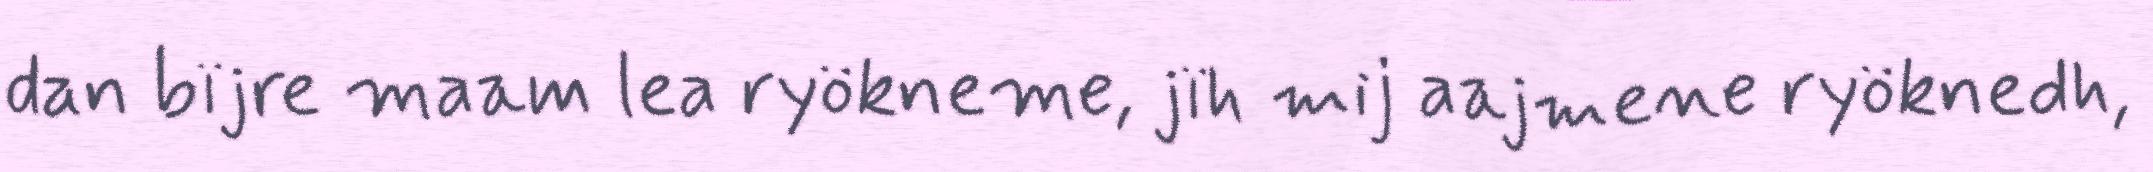
dan bïjre maam lea ryökneme, jïh mij aajmene ryöknedh,